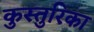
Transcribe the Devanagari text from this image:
कुस्तुरिका